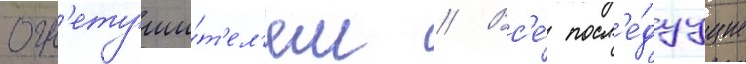
огн'етуши́т'ел'ем // Вс'е́ посл'е́дуущие